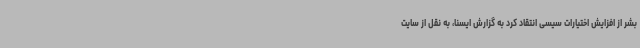
بشر از افزایش اختیارات سیسی انتقاد کرد به گزارش ایسنا، به نقل از سایت